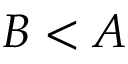
B < A